Civil Veterinary Department. Madras. Admin. report 1926-33 - 1926-1933
Year: 1926
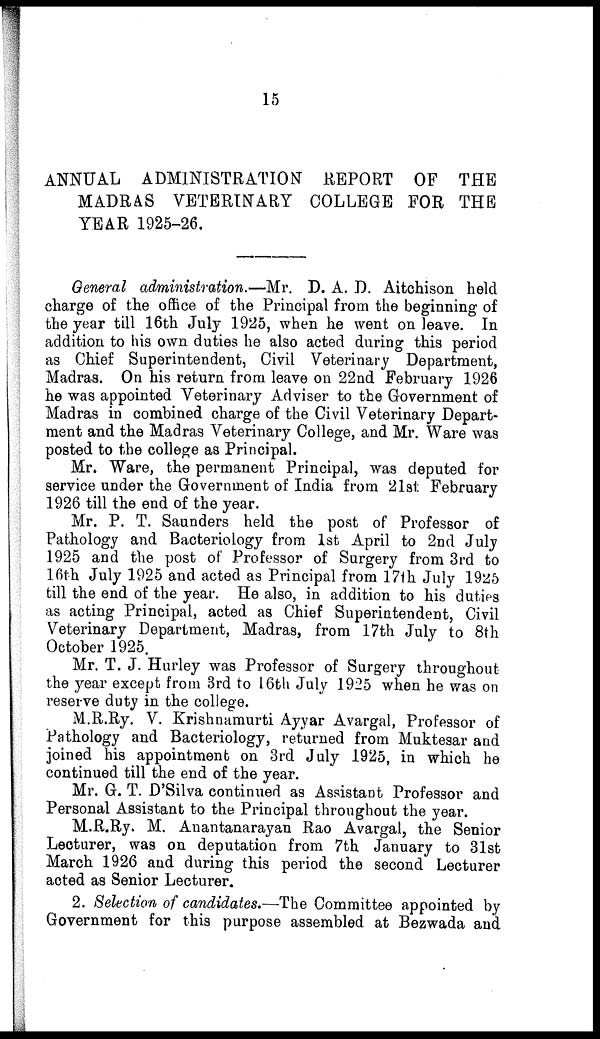
15
ANNUAL ADMINISTRATION REPORT OF THE
MADRAS VETERINARY COLLEGE FOR THE
YEAR 1925-26.
General administration.—Mr. D. A. D. Aitchison held
charge of the office of the Principal from the beginning of
the year till 16th July 1925, when he went on leave. In
addition to his own duties he also acted during this period
as Chief Superintendent, Civil Veterinary Department,
Madras. On his return from leave on 22nd February 1926
he was appointed Veterinary Adviser to the Government of
Madras in combined charge of the Civil Veterinary Depart-
ment and the Madras Veterinary College, and Mr. Ware was
posted to the college as Principal.
Mr. Ware, the permanent Principal, was deputed for
service under the Government of India from 21st February
1926 till the end of the year.
Mr. P. T. Saunders held the post of Professor of
Pathology and Bacteriology from 1st April to 2nd July
1925 and the post of Professor of Surgery from 3rd to
16th July 1925 and acted as Principal from 17th July 1925
till the end of the year. He also, in addition to his duties
as acting Principal, acted as Chief Superintendent, Civil
Veterinary Department, Madras, from 17th July to 8th
October 1925.
Mr. T. J. Hurley was Professor of Surgery throughout
the year except from 3rd to 16th July 1925 when he was on
reserve duty in the college.
M.R.Ry. V. Krishnamurti Ayyar Avargal, Professor of
Pathology and Bacteriology, returned from Muktesar and
joined his appointment on 3rd July 1925, in which he
continued till the end of the year.
Mr. G. T. D'Silva continued as Assistant Professor and
Personal Assistant to the Principal throughout the year.
M.R.Ry. M. Anantanarayan Rao Avargal, the Senior
Lecturer, was on deputation from 7th January to 31st
March 1926 and during this period the second Lecturer
acted as Senior Lecturer.
2. Selection of candidates.—The Committee appointed by
Government for this purpose assembled at Bezwada and